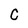
Character: C